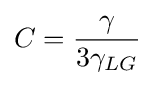
C={\frac {\gamma }{3\gamma _{LG}}}